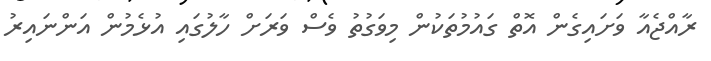
ރާއްޖެއާ ވަށައިގެން އޮތް ގައުމުތަކުން މިވަގުތު ވެސް ވަރަށް ހާލުގައި އުޅެމުން އަންނައިރު